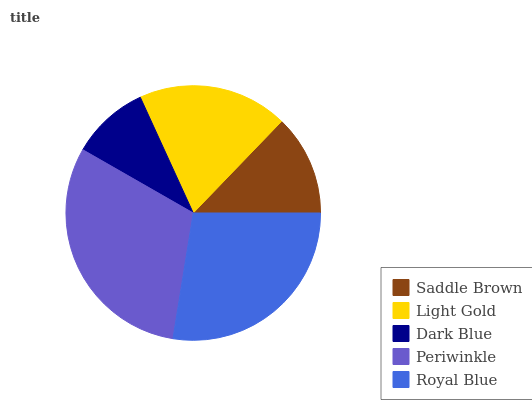
| Saddle Brown | Light Gold | Dark Blue | Periwinkle | Royal Blue |
 | --- | --- | --- | --- | --- |
 | 12.8% | 19.1% | 9.9% | 30.7% | 27.5% |